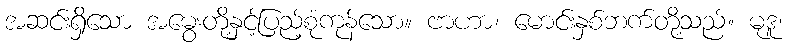
အဆင်းရှိသော အမွေးတို့နှင့်ပြည့်စုံကုန်သော။ ဗာဟာ၊ မောင်းနှစ်ဘက်တို့သည်။ မုဒူ၊